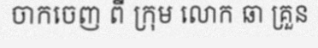
ចាកចេញ ពី ក្រុម លោក ឆា គ្រួន